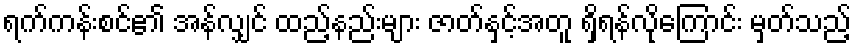
ရက်ကန်းစင်၏ အန်လျှင် ထည့်နည်းများ ဇာတ်နှင့်အတူ ရှိရန်လိုကြောင်း မှတ်သည့်